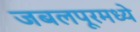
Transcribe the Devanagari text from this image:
जबलपूरमध्ये